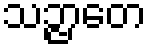
သဉ္ဇာတေ